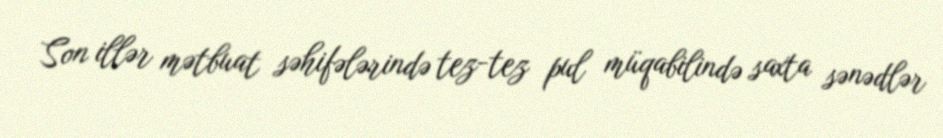
Son illər mətbuat səhifələrində tez-tez pul müqabilində saxta sənədlər